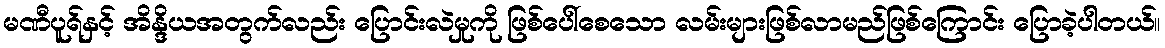
မဏီပူရ်နှင့် အိန္ဒိယအတွက်လည်း ပြောင်းလဲမှုကို ဖြစ်ပေါ်စေသော လမ်းများဖြစ်လာမည်ဖြစ်ကြောင်း ပြောခဲ့ပါတယ်။